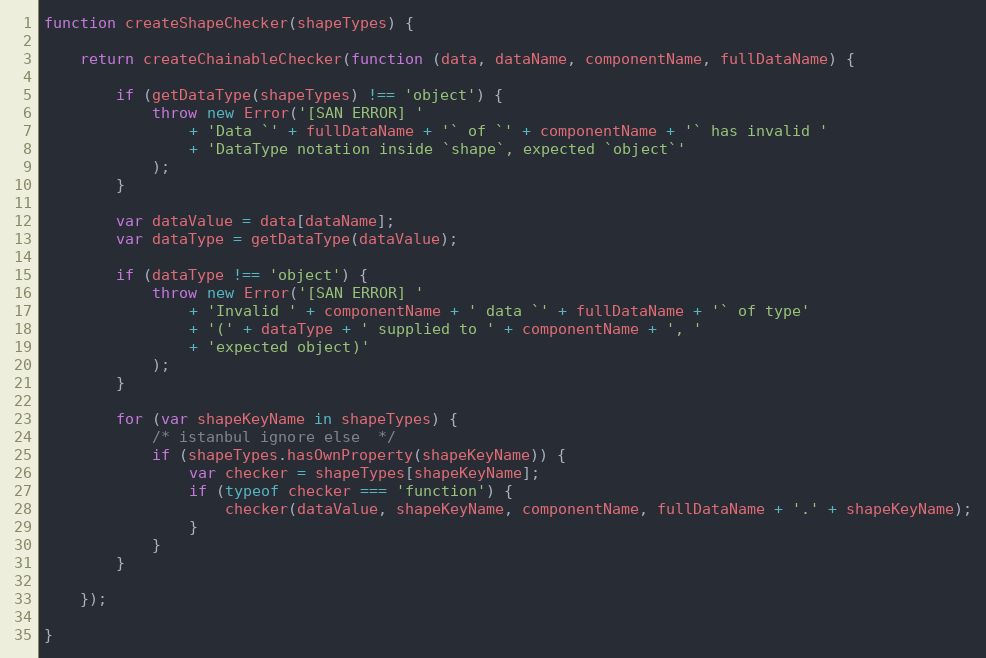
Language: JavaScript
function createShapeChecker(shapeTypes) {

    return createChainableChecker(function (data, dataName, componentName, fullDataName) {

        if (getDataType(shapeTypes) !== 'object') {
            throw new Error('[SAN ERROR] '
                + 'Data `' + fullDataName + '` of `' + componentName + '` has invalid '
                + 'DataType notation inside `shape`, expected `object`'
            );
        }

        var dataValue = data[dataName];
        var dataType = getDataType(dataValue);

        if (dataType !== 'object') {
            throw new Error('[SAN ERROR] '
                + 'Invalid ' + componentName + ' data `' + fullDataName + '` of type'
                + '(' + dataType + ' supplied to ' + componentName + ', '
                + 'expected object)'
            );
        }

        for (var shapeKeyName in shapeTypes) {
            /* istanbul ignore else  */
            if (shapeTypes.hasOwnProperty(shapeKeyName)) {
                var checker = shapeTypes[shapeKeyName];
                if (typeof checker === 'function') {
                    checker(dataValue, shapeKeyName, componentName, fullDataName + '.' + shapeKeyName);
                }
            }
        }

    });

}